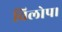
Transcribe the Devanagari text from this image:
विलोप।